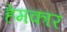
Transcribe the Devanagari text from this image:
हेमकार